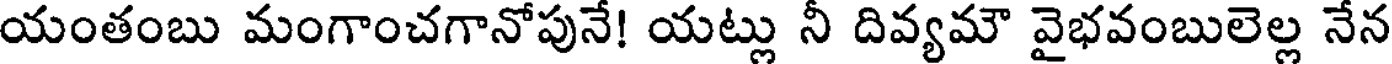
యంతంబు మంగాంచగానోపునే! యట్లు నీ దివ్యమౌ వైభవంబులెల్ల నేన